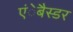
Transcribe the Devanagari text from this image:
एंेबैस्डर